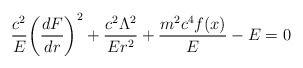
\begin{align*}{c^2\over E}\biggl({d F \over d r }\biggr)^2 +{c^2 \Lambda^2\over E r^2} + {m^2 c^4 f(x)\over E} - E = 0\end{align*}